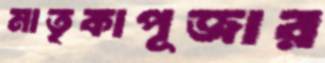
মাতৃকাপূজার